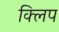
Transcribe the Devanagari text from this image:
क्‍िलप